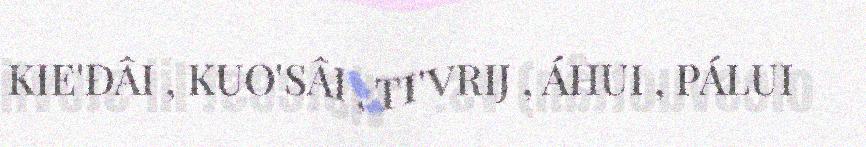
KIE'ĐÂI , KUO'SÂI , TI'VRIJ , ÁHUI , PÁLUI